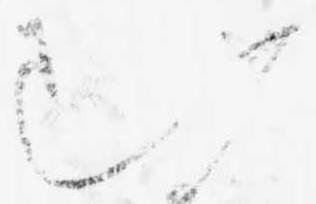
む